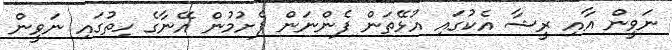
ނަވީން އާއި ރީޝާ އެކުގައި އުޅޭތަން ފެންނަން ފެށުމުން އޭނާގެ ހިތުގައި ނަވީން